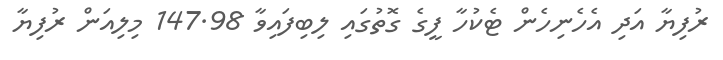
ރުފިޔާ އަދި އެހެނިހެން ޓެކުހާ ފީގެ ގޮތުގައި ލިބިފައިވާ 147.98 މިލިއަން ރުފިޔާ